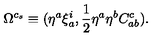
\Omega ^ { c _ { s } } \equiv ( \eta ^ { a } \xi _ { a } ^ { i } , { \frac { 1 } { 2 } } \eta ^ { a } \eta ^ { b } C _ { a b } ^ { c } ) .